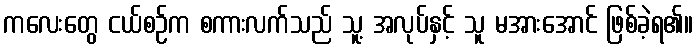
ကလေးတွေ ငယ်စဉ်က စကားလက်သည် သူ့ အလုပ်နှင့် သူ မအားအောင် ဖြစ်ခဲ့ရ၏။